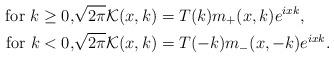
LaTeX: \begin{align*}\mbox{for $k\geq 0$,} \sqrt{2\pi}\mathcal{K}(x,k) & = T(k)m_+(x,k)e^{ixk},\\\mbox{for $k<0$,} \sqrt{2\pi}\mathcal{K}(x,k) & = T(-k)m_-(x,-k)e^{ixk}.\end{align*}